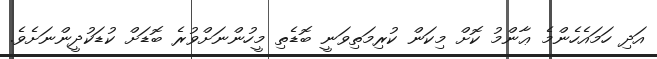
އަދި ހަމައެހެންމެ ޢާންމު ކޮށް މިކަން ކުރިމަތިވަނީ ބޮޑެތި މީހުންނަށްވުރެ ބޮޑަށް ކުޑަކުދީންނަށެވެ.